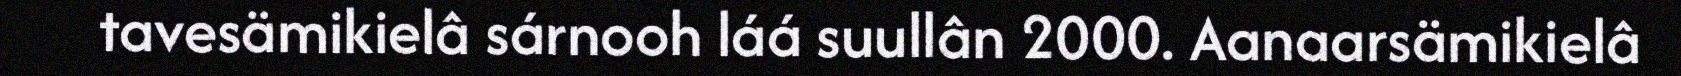
tavesämikielâ sárnooh láá suullân 2000. Aanaarsämikielâ